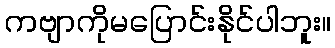
ကဗျာကိုမပြောင်းနိုင်ပါဘူး။